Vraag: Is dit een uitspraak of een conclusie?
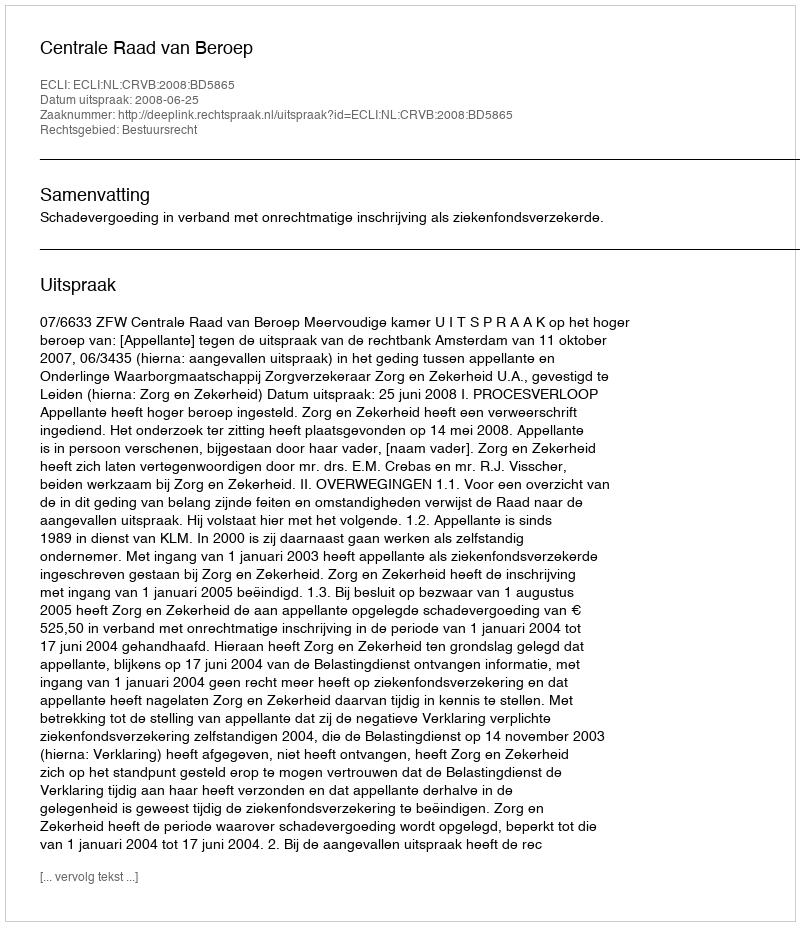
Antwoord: Uitspraak